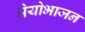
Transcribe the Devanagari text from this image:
श्रेयोभाजन